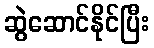
ဆွဲဆောင်နိုင်ပြီး